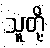
သူတို့